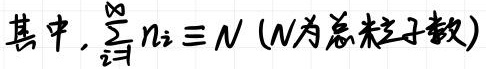
其中, $\sum_{i=1}^{\infty} n_{i} \equiv N$ ($N$为总粒子数)